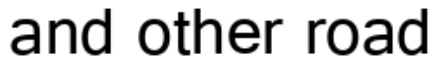
and other road